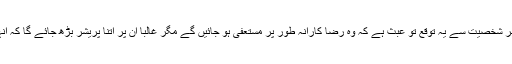
عمران خان کی متکبر شخصیت سے یہ توقع تو عبث ہے کہ وہ رضا کارانہ طور پر مستعفی ہو جائیں گے مگر غالباً ان پر اتنا پریشر بڑھ جائے گا کہ انہیں جانا ہی پڑے گا۔